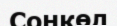
Сонкөл